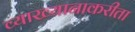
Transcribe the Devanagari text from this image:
व्याख्यानाकरीता